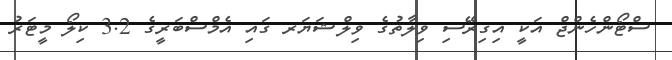
ސްޓޯންހެންޖް އަކީ އިގިރޭސި ވިލާތުގެ ވިލްޝަޔަރ ގައި އެމްސްބަރީގެ 3.2 ކިލޯ މީޓަރު